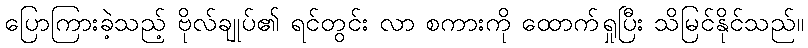
ပြောကြားခဲ့သည့် ဗိုလ်ချုပ်၏ ရင်တွင်း လာ စကားကို ထောက်ရှုပြီး သိမြင်နိုင်သည်။